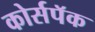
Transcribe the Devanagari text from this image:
कोर्सपॅक